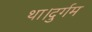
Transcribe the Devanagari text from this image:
था।दुर्गम